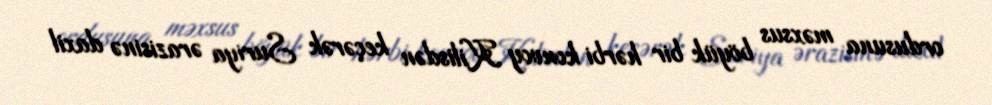
ordusuna məxsus böyük bir hərbi konvoy Kilisdən keçərək Suriya ərazisinə daxil